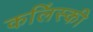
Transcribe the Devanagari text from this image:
कलिंस्की